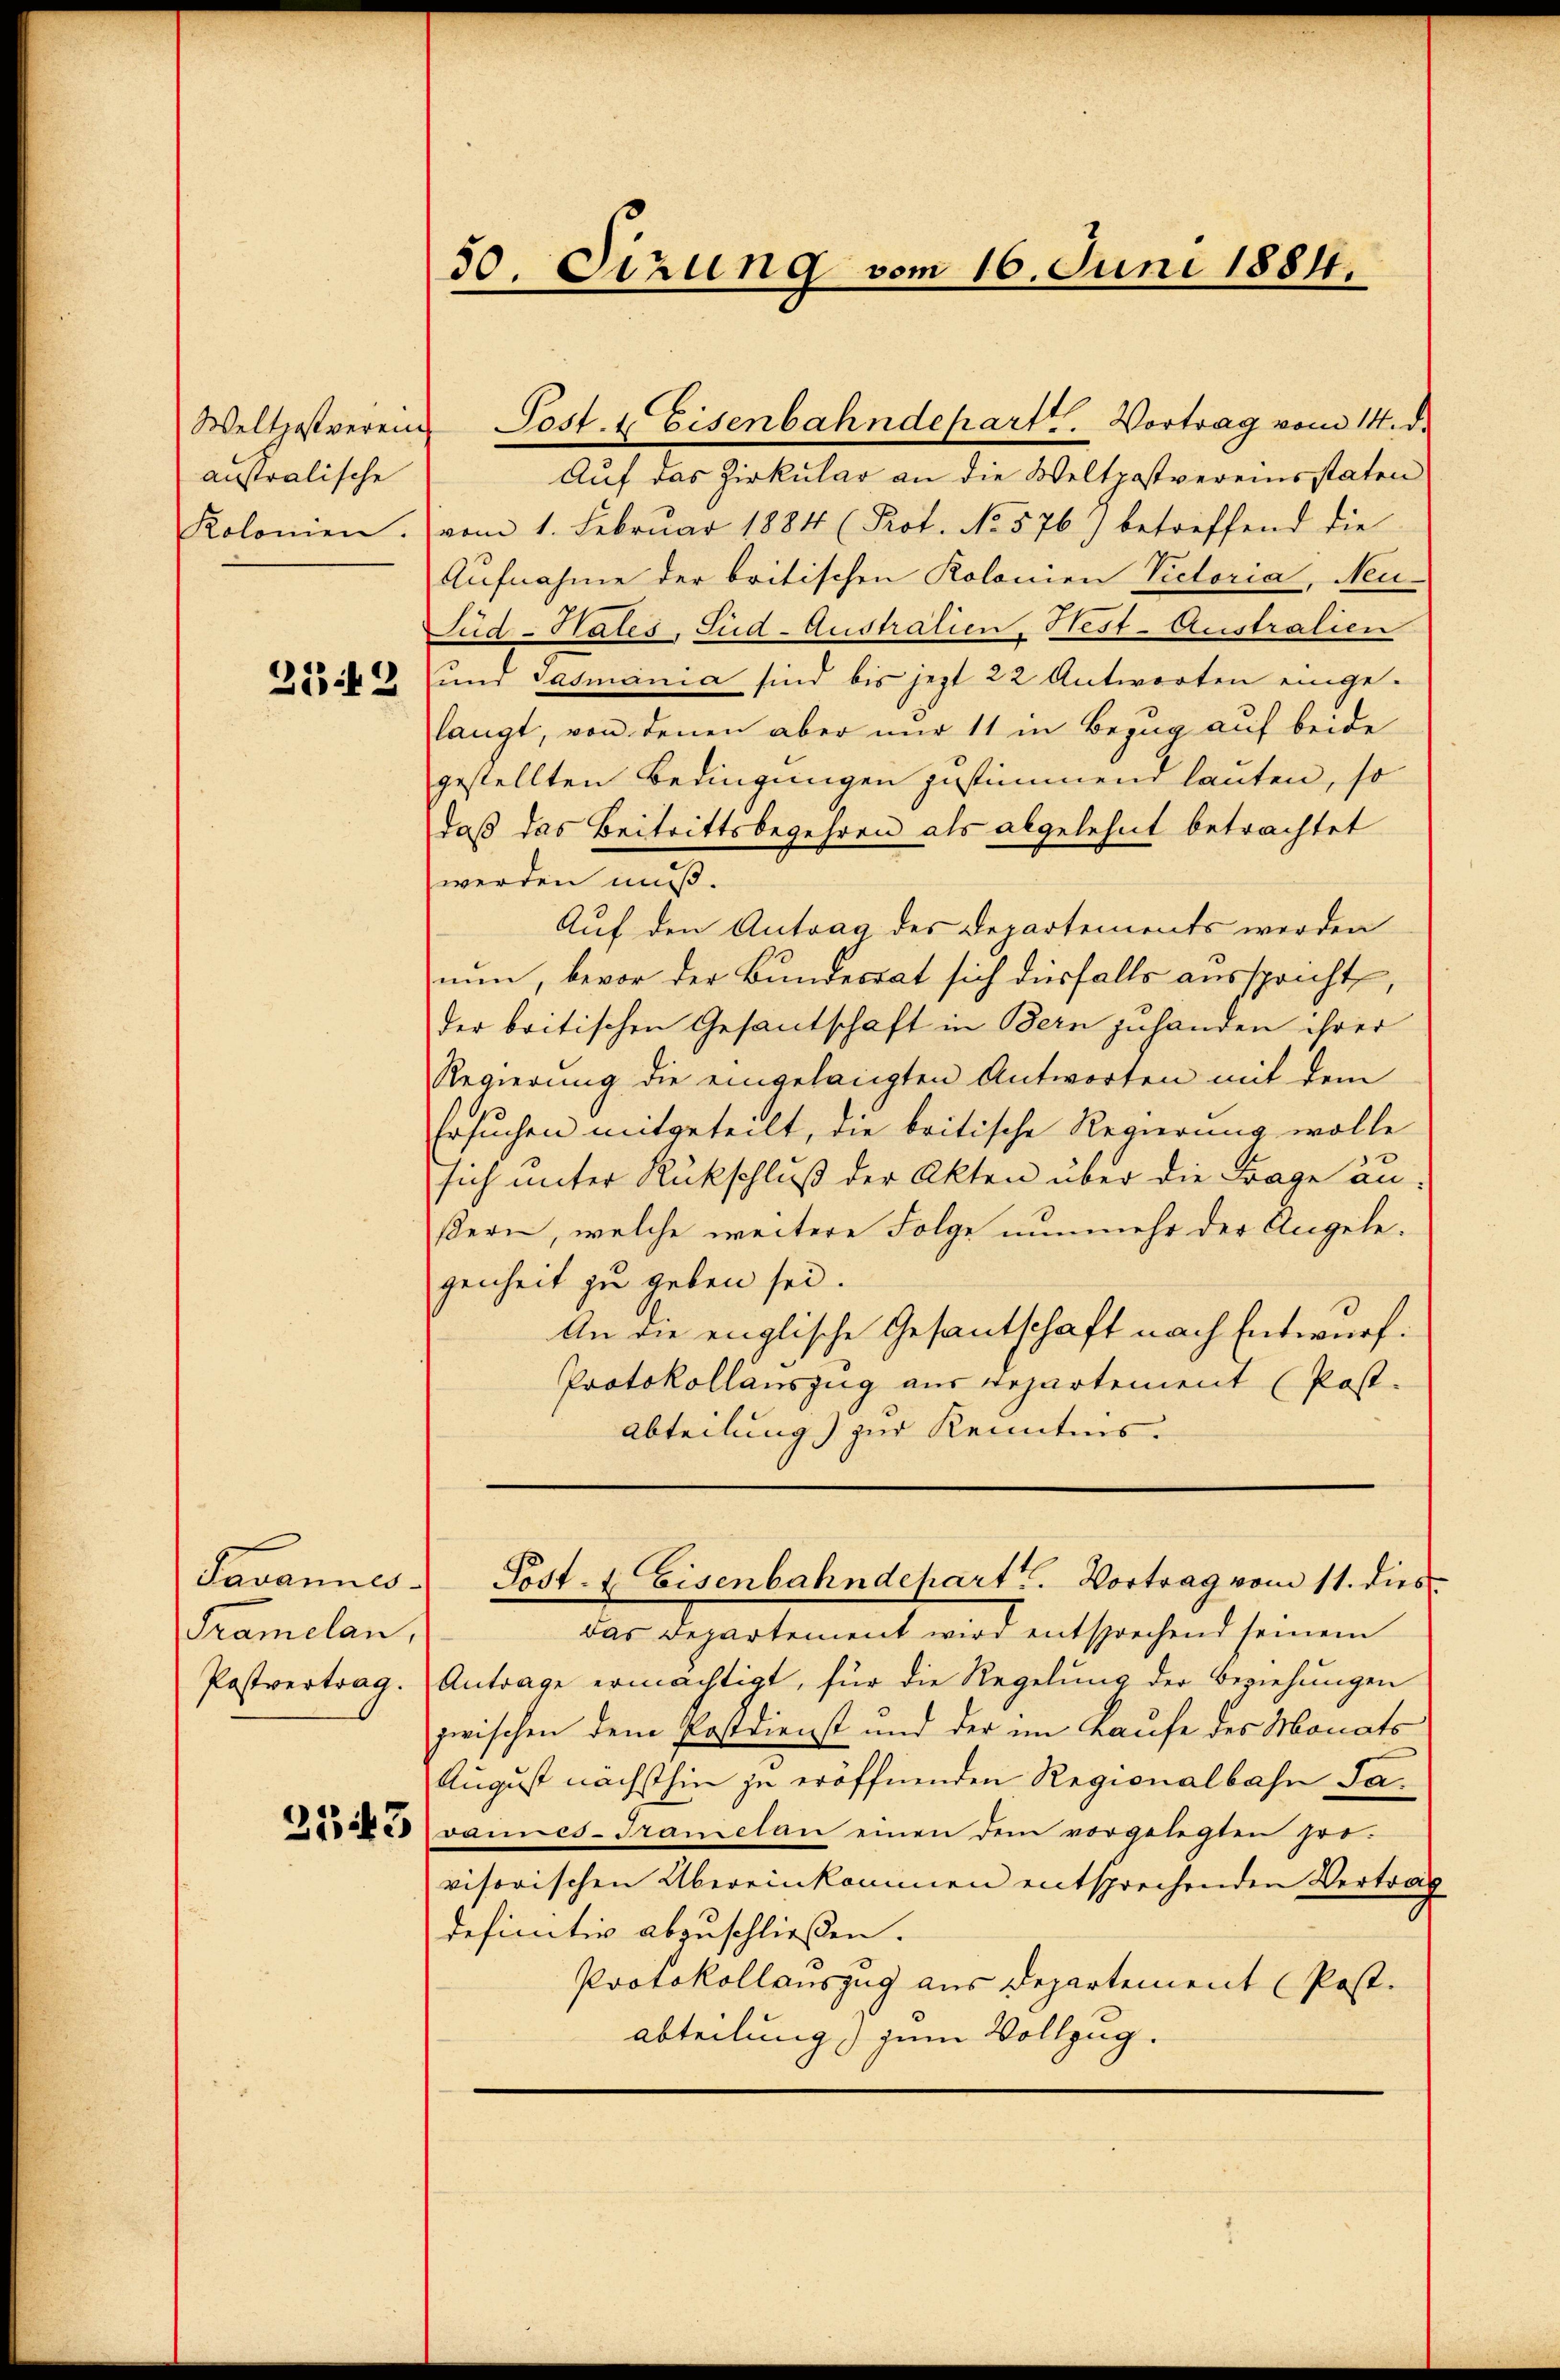
Weltpostverein
anstralische
Kolonien.

2142

Pavannes-
Tramelan,
Postvertrag.
2543

50. Sizung vom 16. Juni 1884.

Pest. & Eisenbahndepartt. Vortrag vom 14. d.
Auf das Zirkular an die Weltpostvereinsstaten
vom 1. Februar 1884 (Prot. No 576) betreffend die
Aufnahme der britischen Kolomen Victoria, Neu-
Jud-Rates, Sud-Australien. Nest-Australien
und Gasmania sind bis jezt 22 Antworten eingelangt, von denen aber nur 11 in Bezug auf beide
gestellten Bedingungen zustimmend lauten, so
daß das Beitrittsbegehren als abgelehnt betrachtet
werden muß.
Auf den Antrag des Departements werden
nen, bevor der Bundesrat sich diesfalls ausspricht,
der britischen Gesantschaft in Bern zuhanden ihrer
Regierung die eingelangten Antworten mit dem
Ersuchen mitgeteilt, die beitische Regierung wolle
sich unter Rückschluß der Akten über die Frage anßern, welche weitere Folge nunmehr der Angelegenheit zu geben sei.
An die englische Gesantschaft nach Entwurf.
Protokollauszug aus Departement (Post.
Abteilung) zur Kenntnis.
Post- & Eisenbahndehart. Vortrag vom 11. dies
das Departement wird entsprechend seinem
Antrage ermächtigt, für die Regelung der Beziehungen
zwischen dem Postdienst und der im Kaufe des Monats
August nächsthin zu eröffnenden Regionalbahn Javannes-Tramelan einen dem vorgelegten provisorischen Übereinkommen entsprechenden Vertrag
definitiv abzuschließen.
Protokollauszug aus Departement (Post.
abteilung zum Vollzug.